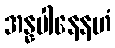
အန္နပါနေနဟံ